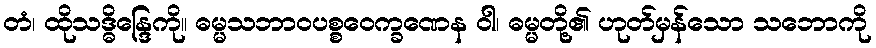
တံ၊ ထိုသဒ္ဓိန္ဒြေကို။ ဓမ္မသဘာဝပစ္စဝေက္ခဏေန ဝါ၊ ဓမ္မတို့၏ ဟုတ်မှန်သော သဘောကို